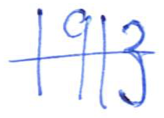
Text: 1913
Cross-out: single-line
Writing tool: ballpoint